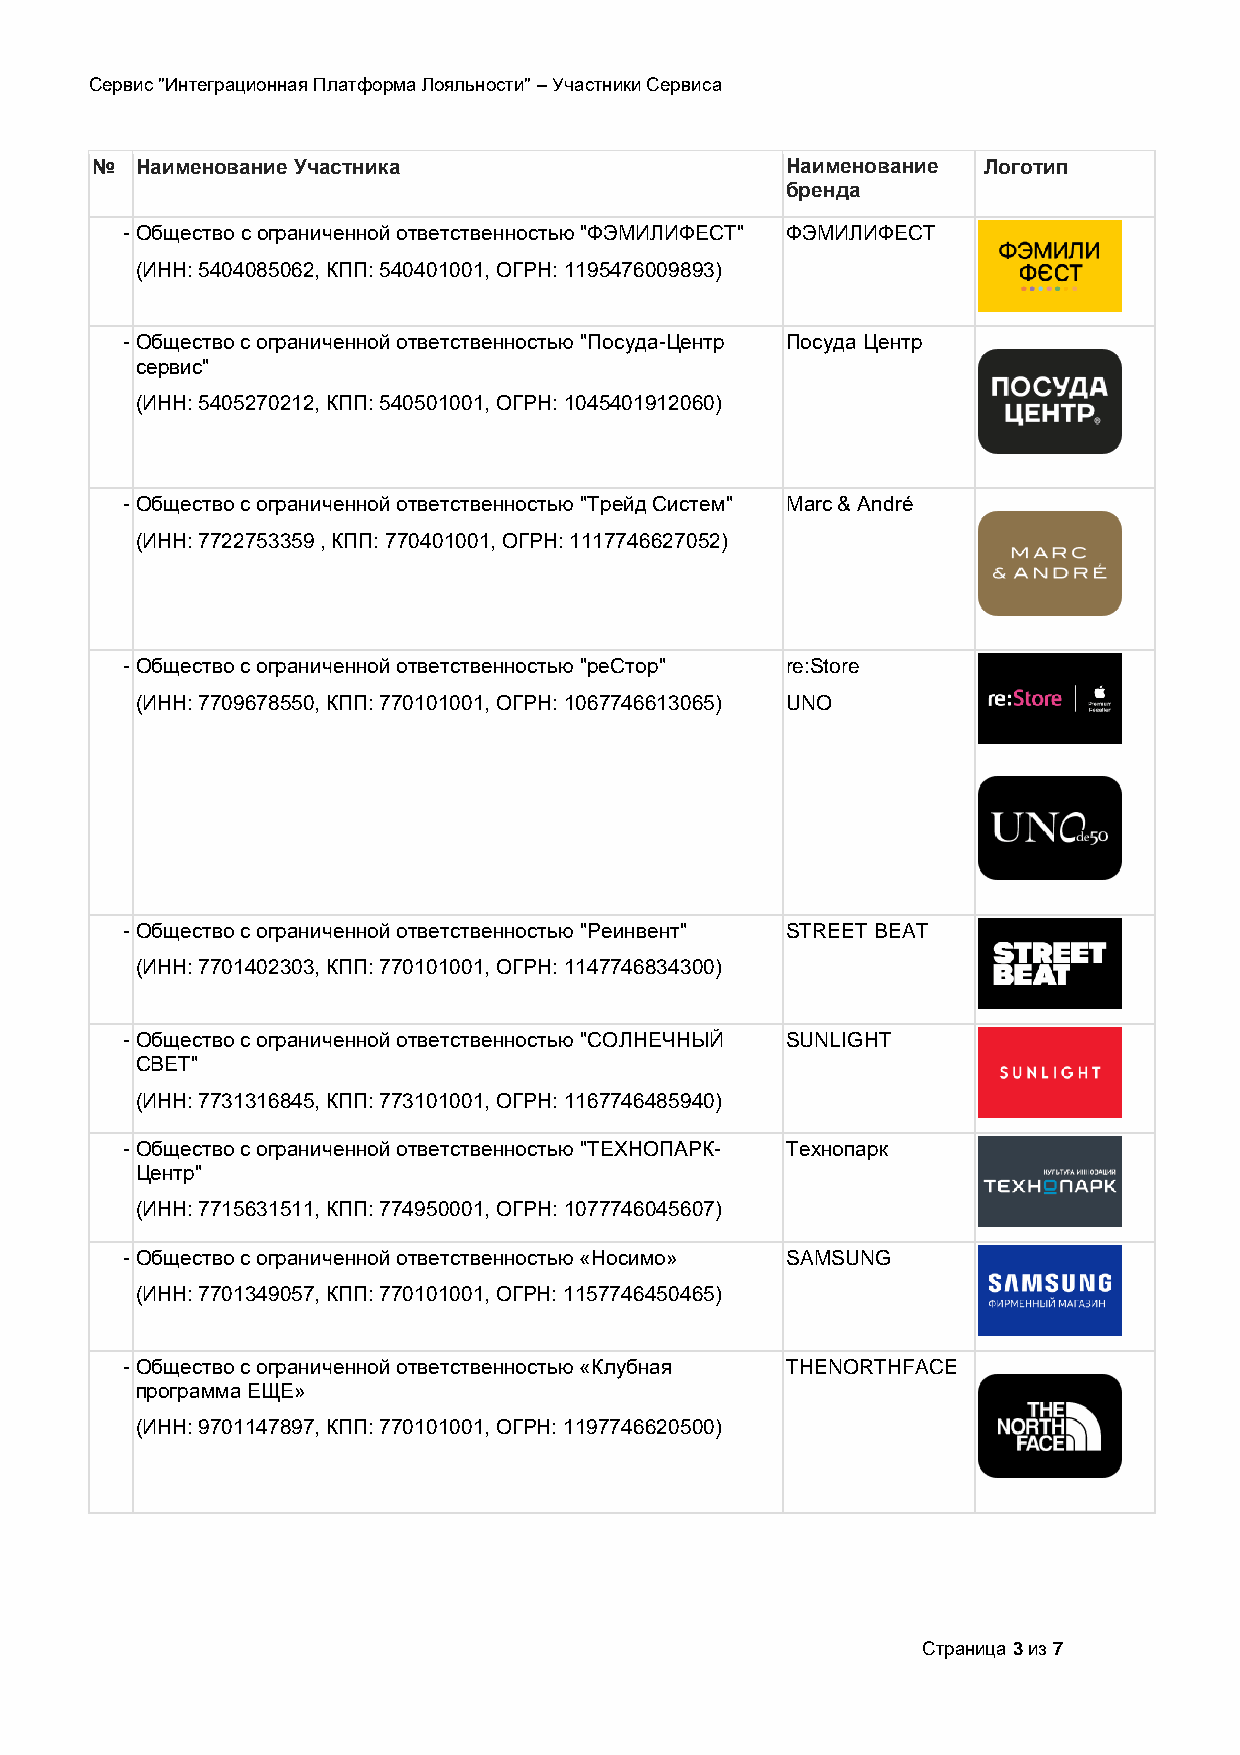
Сервис "Интеграционная Платформа Лояльности" – Участники Сервиса
 №  Наименование Участника                     Наименование Логотип
 бренда
 - Общество с ограниченной ответственностью "ФЭМИЛИФЕСТ" ФЭМИЛИФЕСТ
 (ИНН: 5404085062, КПП: 540401001, ОГРН: 1195476009893)
 - Общество с ограниченной ответственностью "Посуда-Центр Посуда Центр
 сервис"
 (ИНН: 5405270212, КПП: 540501001, ОГРН: 1045401912060)
 - Общество с ограниченной ответственностью "Трейд Систем" Marc & André
 (ИНН: 7722753359 , КПП: 770401001, ОГРН: 1117746627052)
 - Общество с ограниченной ответственностью "реСтор" re:Store
 (ИНН: 7709678550, КПП: 770101001, ОГРН: 1067746613065) UNO
 - Общество с ограниченной ответственностью "Реинвент" STREET BEAT
 (ИНН: 7701402303, КПП: 770101001, ОГРН: 1147746834300)
 - Общество с ограниченной ответственностью "СОЛНЕЧНЫЙ SUNLIGHT
 СВЕТ"
 (ИНН: 7731316845, КПП: 773101001, ОГРН: 1167746485940)
 - Общество с ограниченной ответственностью "ТЕХНОПАРК- Технопарк
 Центр"
 (ИНН: 7715631511, КПП: 774950001, ОГРН: 1077746045607)
 - Общество с ограниченной ответственностью «Носимо» SAMSUNG
 (ИНН: 7701349057, КПП: 770101001, ОГРН: 1157746450465)
 - Общество с ограниченной ответственностью «Клубная THENORTHFACE
 программа ЕЩЕ»
 (ИНН: 9701147897, КПП: 770101001, ОГРН: 1197746620500)
 Страница 3 из 7